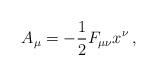
LaTeX: \begin{align*}A\sb\mu=-\frac{1}{2}F\sb{\mu\nu}x\sp\nu\,,\end{align*}